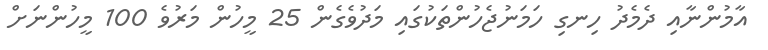
އާމުންނާއި ދެމެދު ހިނގި ހަމަނުޖެހުންތަކުގައި މަދުވެގެން 25 މީހުން މަރުވެ 100 މީހުންނަށް